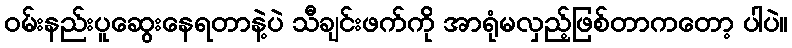
ဝမ်းနည်းပူဆွေးနေရတာနဲ့ပဲ သီချင်းဖက်က်ို အာရုံမလှည့်ဖြစ်တာကတော့ ပါပဲ။